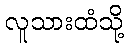
လူသားထံသို့